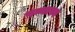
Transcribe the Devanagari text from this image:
पन्थास्य